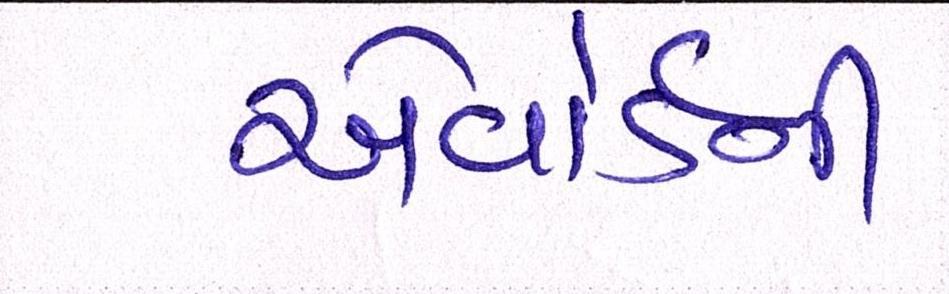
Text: એવોર્ડની